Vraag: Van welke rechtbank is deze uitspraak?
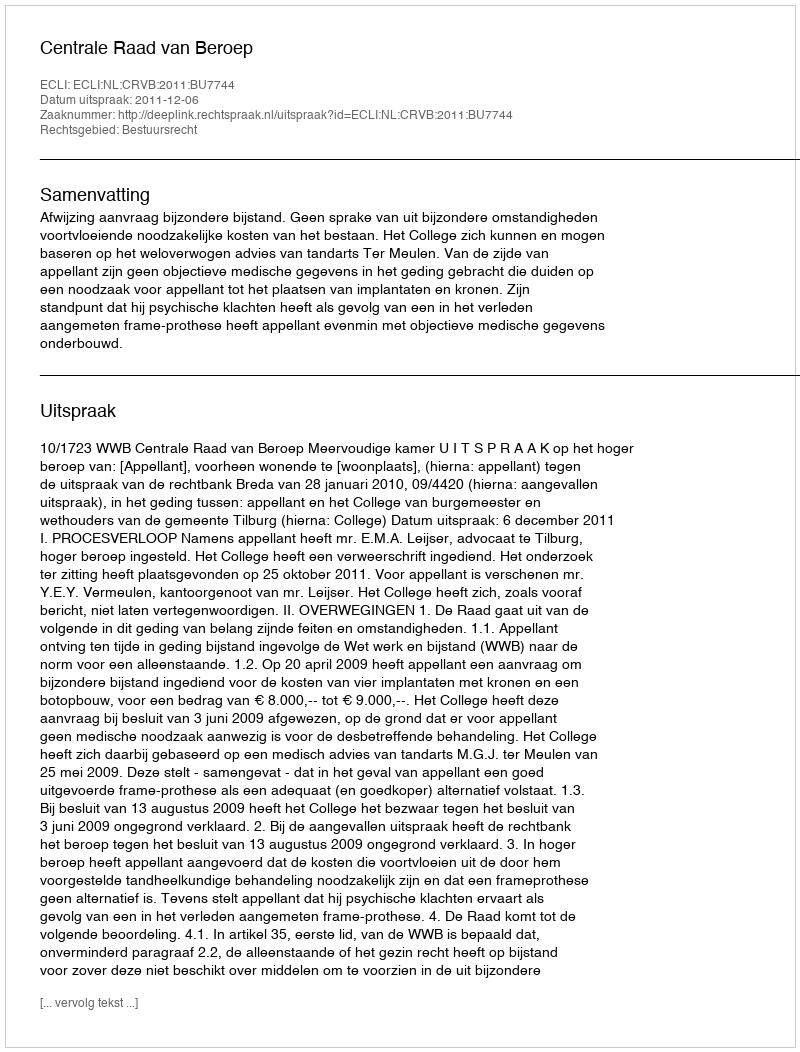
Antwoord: Centrale Raad van Beroep